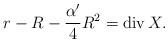
\begin{align*}r-R-\frac{\alpha'}{4}R^2=\operatorname{div} X.\end{align*}